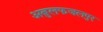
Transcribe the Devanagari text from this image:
अबुलफजलपुर